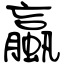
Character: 蠃